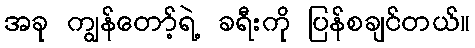
အခု ကျွန်တော့်ရဲ့ ခရီးကို ပြန်စချင်တယ်။